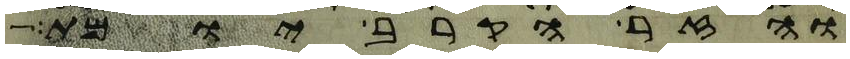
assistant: והזר הקרב יומת